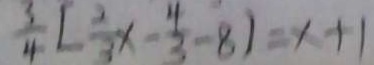
\frac { 3 } { 4 } [ \frac { 2 } { 3 } x - \frac { 4 } { 3 } - 8 ] = x + 1